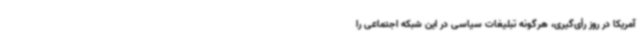
آمریکا در روز رأی‌گیری، هرگونه تبلیغات سیاسی در این شبکه اجتماعی را